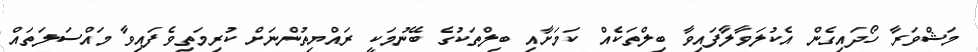
މަޝްވަރާ ހޯދައިގެން އެކުލަވާލާފައިވާ ބިލްތަކެއް ކަމަށާއި ބިލްތަކުގެ ބޭނުމަކީ ރައްޔިތުންނަށް ކުރިމަތިވެފައިވާ މައްސަލަތައް